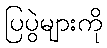
ပြပွဲများကို